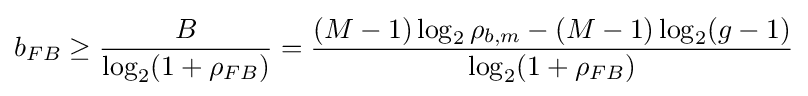
b_{FB}\geq {\frac {B}{\log _{2}(1+\rho _{FB})}}={\frac {(M-1)\log _{2}\rho _{b,m}-(M-1)\log _{2}(g-1)}{\log _{2}(1+\rho _{FB})}}